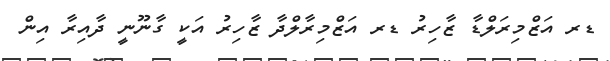
ޑރ އަޒްމިރަލްޑާ ޒާހިރު ޑރ އަޒްމިރާލްދާ ޒާހިރު އަކީ ގާނޫނީ ދާއިރާ އިން